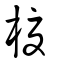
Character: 榎